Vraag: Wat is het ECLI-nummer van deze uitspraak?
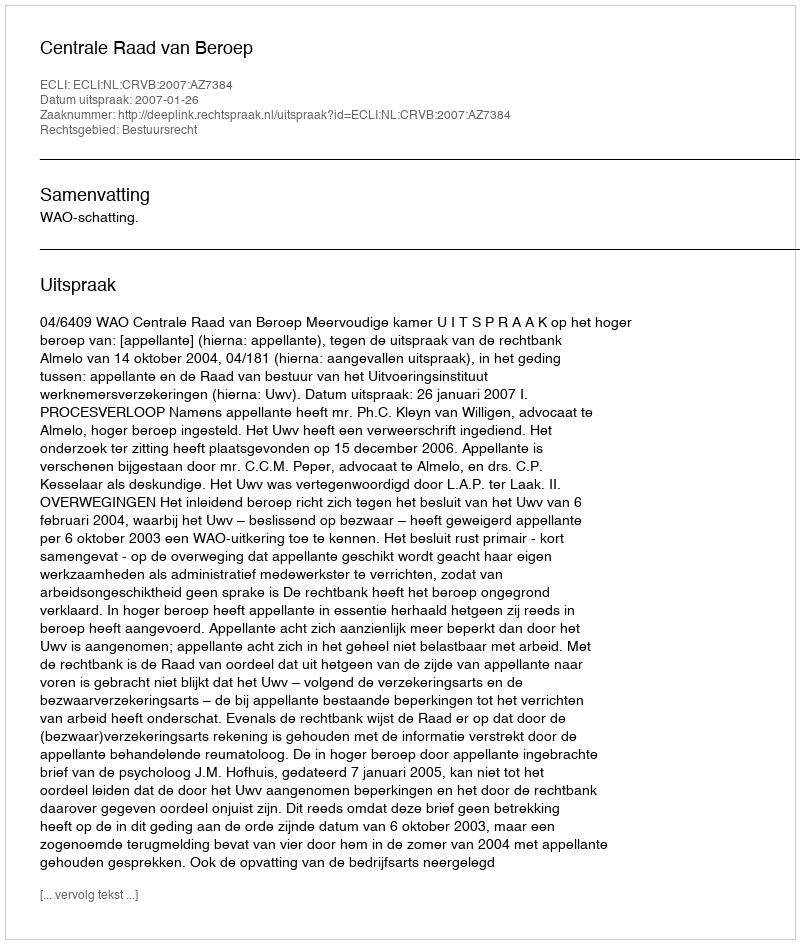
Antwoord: ECLI:NL:CRVB:2007:AZ7384